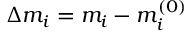
\Delta m _ { i } = m _ { i } - m _ { i } ^ { ( 0 ) }